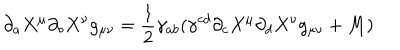
\partial _ { a } X ^ { \mu } \partial _ { b } X ^ { \nu } g _ { \mu \nu } = \frac { 1 } { 2 } \gamma _ { a b } ( \gamma ^ { c d } \partial _ { c } X ^ { \mu } \partial _ { d } X ^ { \nu } g _ { \mu \nu } + M )